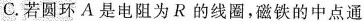
若圆环A是电阻为R的线圈，磁铁的中点通